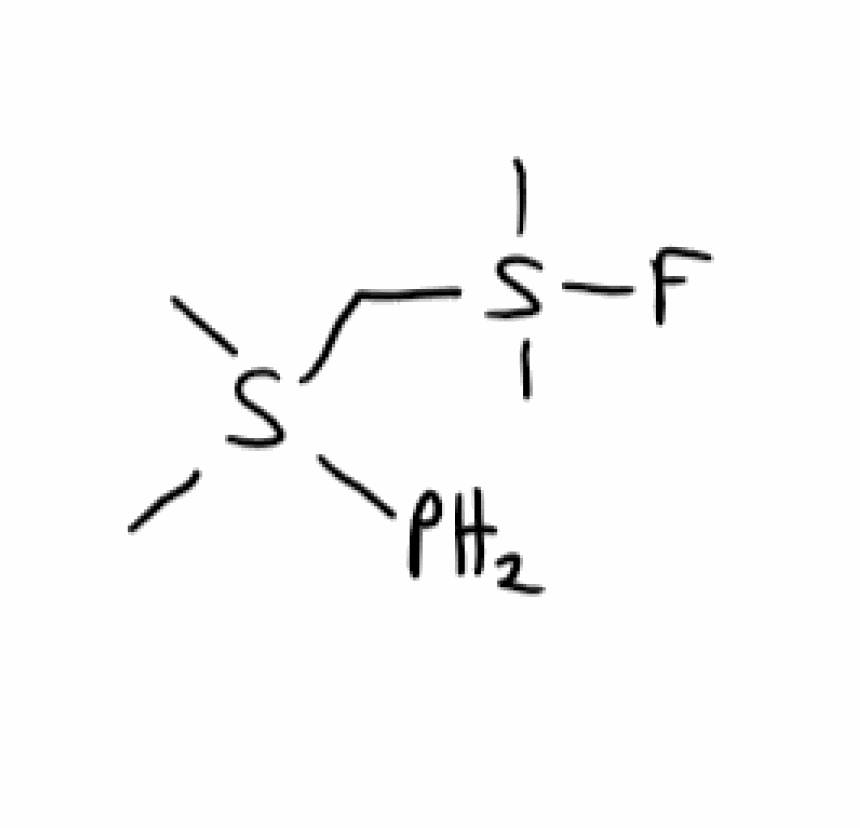
Simplified molecular-input line-entry system (SMILES) notation of the given molecule:
CS(C)(CS(C)(C)P)F